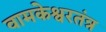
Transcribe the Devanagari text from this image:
वामकेश्वरतंत्र